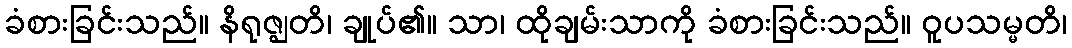
ခံစားခြင်းသည်။ နိရုဇ္ဈတိ၊ ချုပ်၏။ သာ၊ ထိုချမ်းသာကို ခံစားခြင်းသည်။ ဝူပသမ္မတိ၊